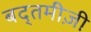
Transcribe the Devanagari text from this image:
बद्तमीज़ी